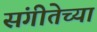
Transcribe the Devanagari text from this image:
संगीतेच्या